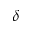
\delta